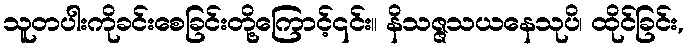
သူတပါးကိုခင်းစေခြင်းတို့ကြောင့်၎င်း။ နိသဇ္ဇသယနေသုပိ၊ ထိုင်ခြင်း,